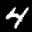
Label: 4